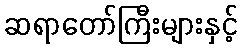
ဆရာတော်ကြီးများနှင့်